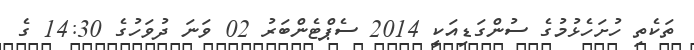
ތަކެތި ހުށަހެޅުމުގެ ސުންގަޑިއަކީ 2014 ސެޕްޓެންބަރު 02 ވަނަ ދުވަހުގެ 14:30 ގެ